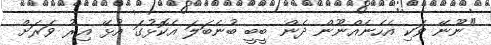
"ނޫނޭ ވަކި އެހެނެއްނޫން ދެން ބީބީ ބުނެބަލަ އެކޮޅުގަ އުޅޭ އިރު ވަރަށް